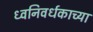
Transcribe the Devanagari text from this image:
ध्वनिवर्धकाच्या